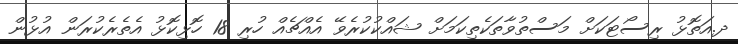
ދ.އަތޮޅު ރިސޯޓަކަށް މަސްތުވާތަކެތިކަމަށް ޝައްކުކުރެވޭ އެއްޗެއް ހުރި 18 ހޮޅިކޮޅު އެތެރެކުރަން އުޅުން